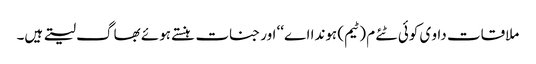
ملاقات داو ی کوئی ٹئے م (ٹیم) ہوندا اے‘‘ اور جنات ہنستے ہوئے بھاگ لیتے ہیں۔